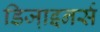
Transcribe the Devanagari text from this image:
डिजा़इनर्स